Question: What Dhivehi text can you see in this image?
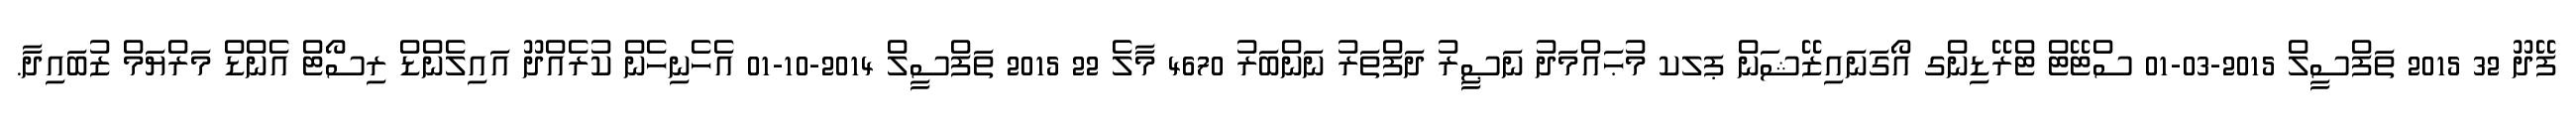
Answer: ފޭދޫ 32 2015 ތަފްސީލް 2015-03-01 ސްޓޭޓް ޓްރޭޑިންގ އޯގަނައިޒޭޝަން ޕލކ މުޙައްމަދު ނަޞީރު ދަފްތަރު ނަންބަރު 4670 މާލެ 22 2015 ތަފްސީލް 2014-10-01 އެހެނިހެން ކުރެއްދޫ އައިލެންޑް ރިސޯޓް އެންޑް މަރްޔަމް ޒުބައިދާ.